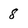
Character: 8